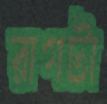
রাগটা